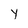
Character: Y